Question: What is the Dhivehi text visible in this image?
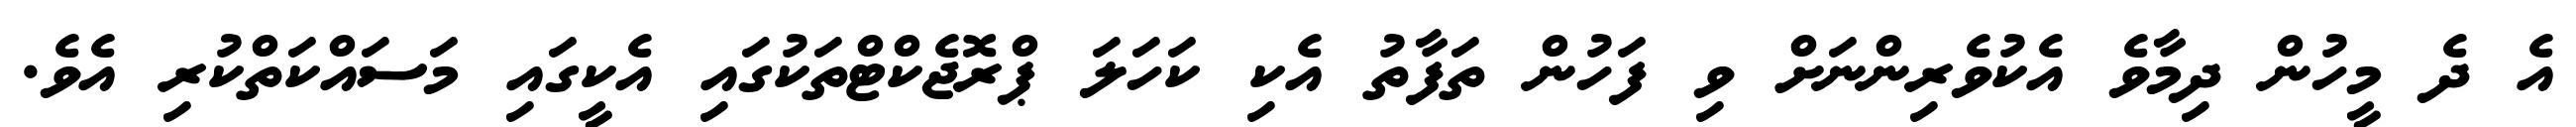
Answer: އެ ދެ މީހުން ދިމާވެ އެކުވެރިންނަށް ވި ފަހުން ތަފާތު އެކި ކަހަލަ ޕްރޮޖެކްޓްތަކުގައި އެކީގައި މަސައްކަތްކުރި އެވެ.